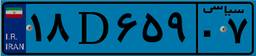
۱۸D۶۵۹۰۷